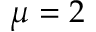
\mu = 2